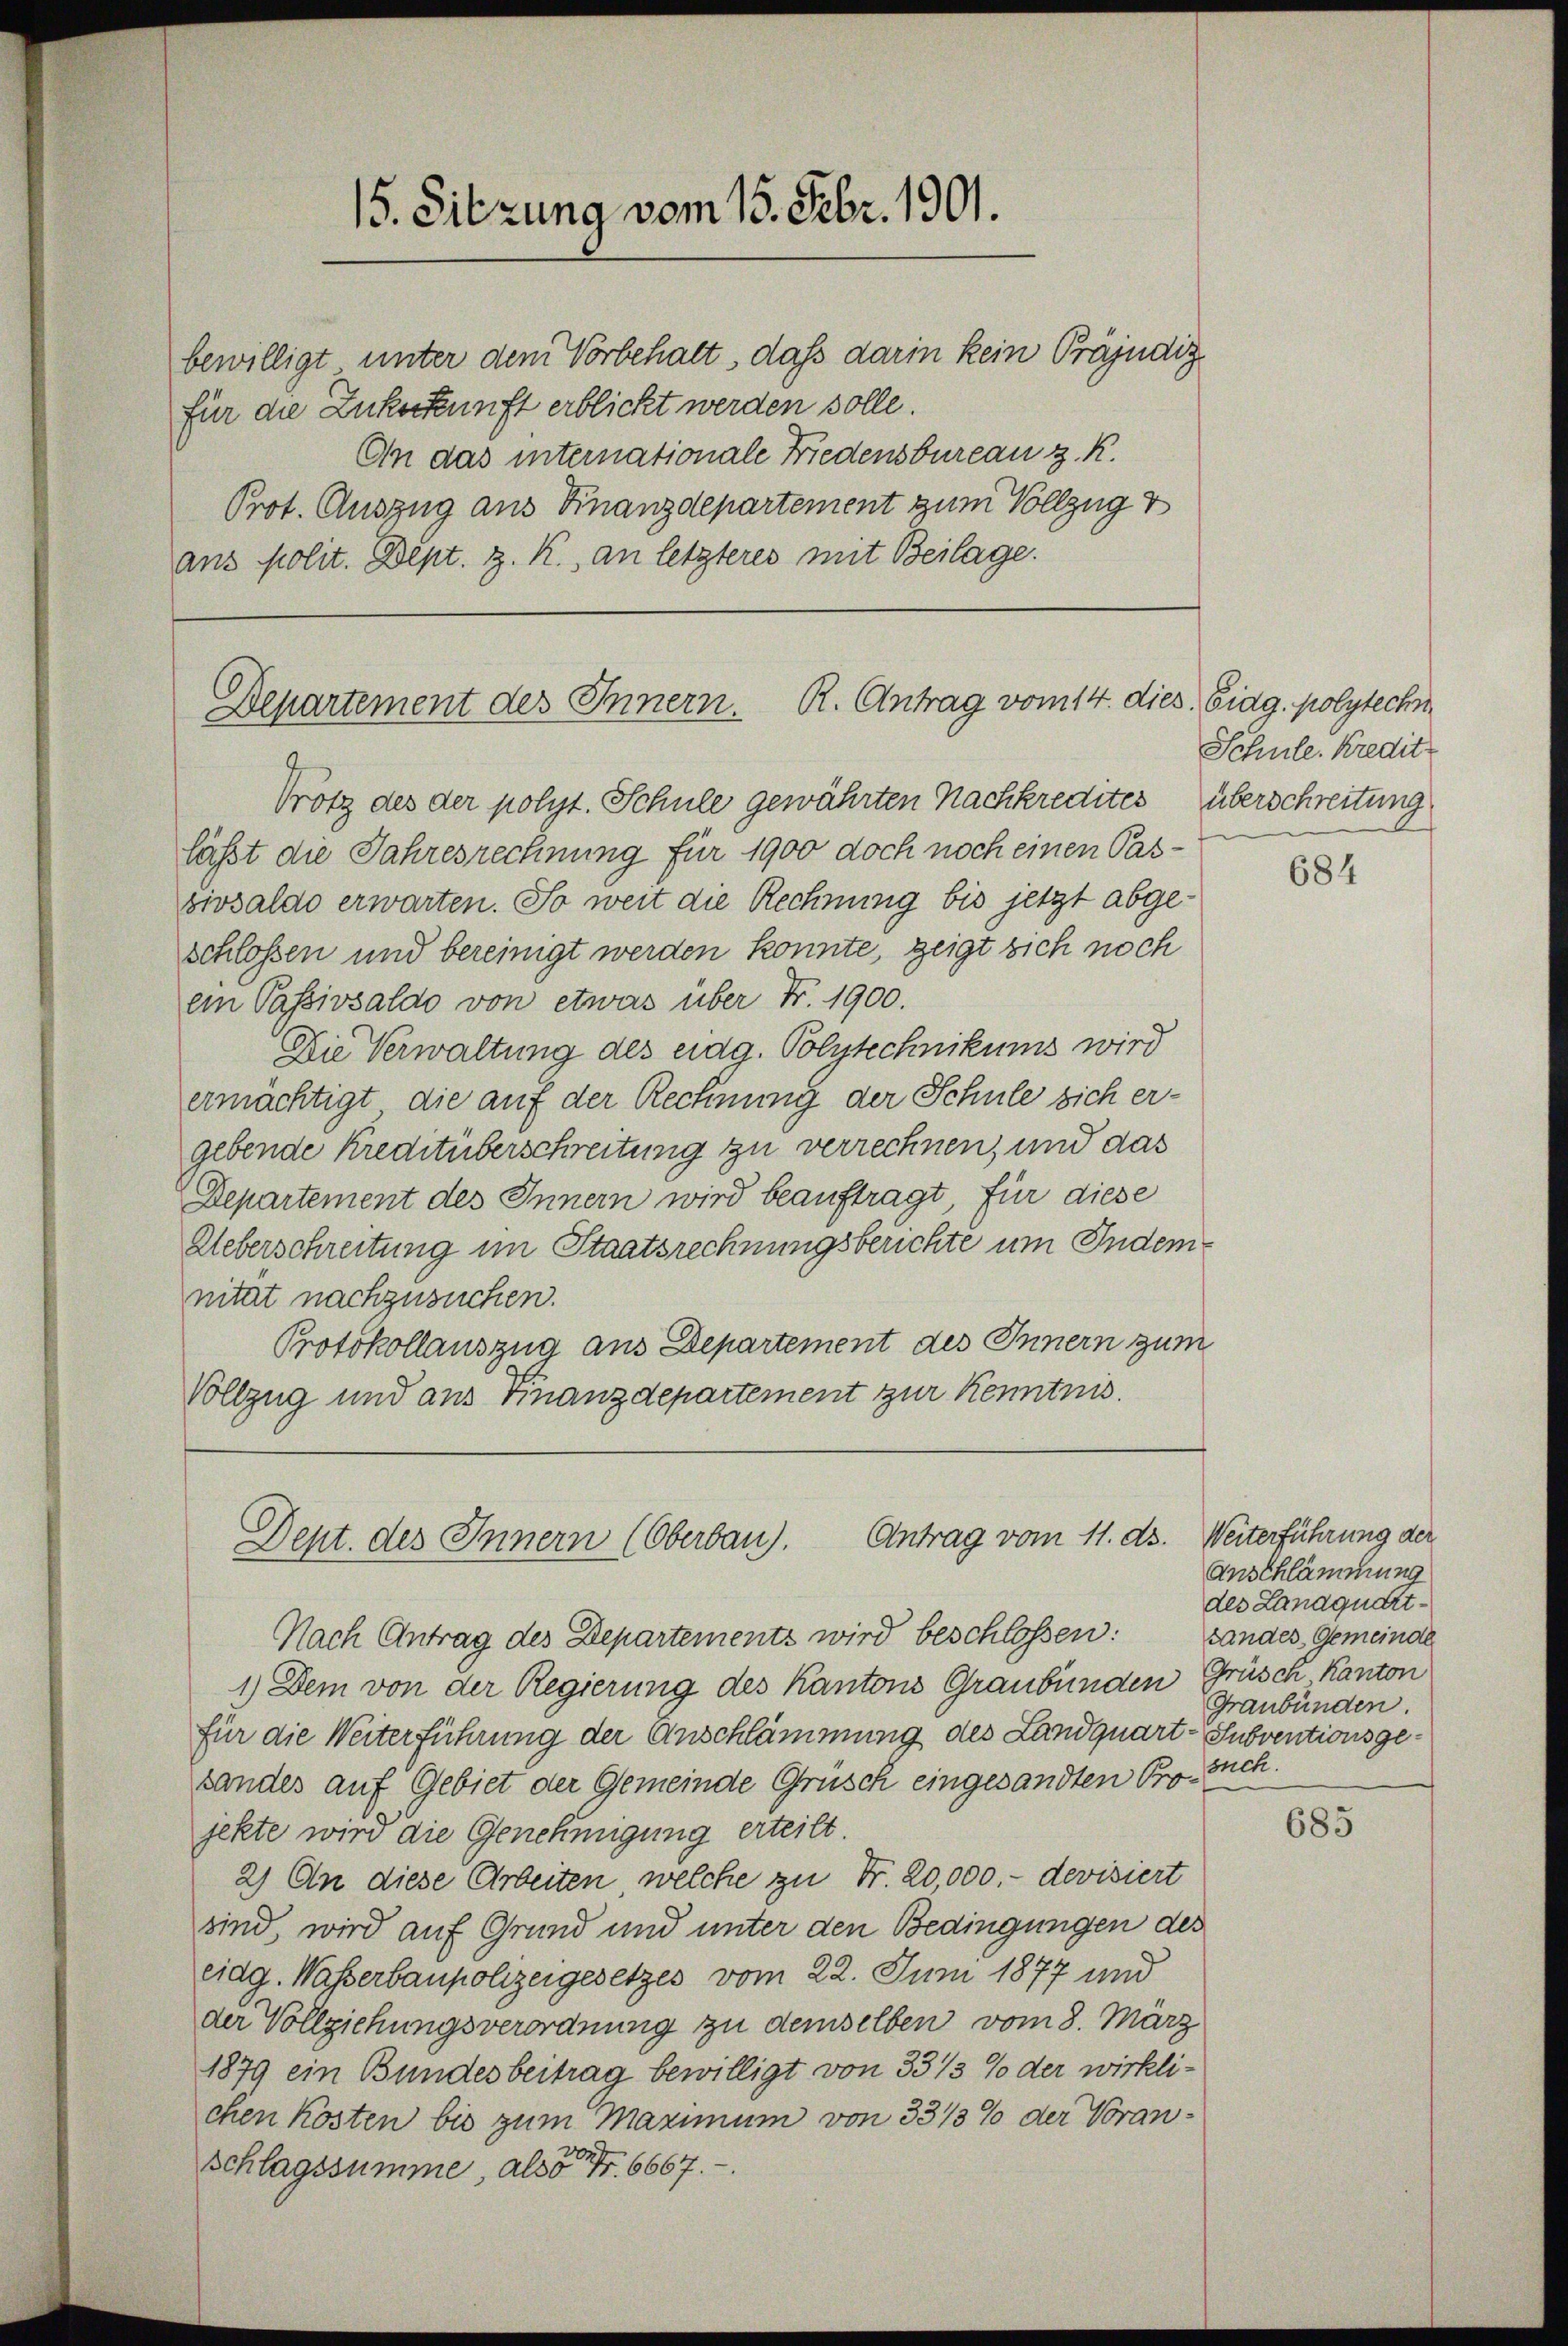
bewilligt unter dem Vorbehalt, daß darin kein Präjudig
für die Zuckerkunft erblickt werden solle.
An das internationale Friedensbureau z. R.
Prot. Auszug aus Finanzdepartement zum Vollzug v
ans polit. Dept. z. K., an letzteres mit Beilage.

15. Sitzung vom 15. Febr. 1901.

Departement des Innern. R. Antrag vom 14. dies. Eidg. polytechn

Dept. des Innern (Oberbau). Antrag vom 11. ds. Weiterführung der

Schule. Kredit

Trotz des der polyt. Schule gewährten Nachkredites überschreitung
läßt die Jahresrechnung für 1900 doch noch einen Passivsaldo erwarten. So weit die Rechnung bis jetzt abgeschlossen und bereinigt werden konnte, zeigt sich noch
ein Passivsaldo von etwas über Nr. 1900.
Die Verwaltung des eidg. Polytechnikums wird
ermächtigt, die auf der Rechnung der Schule sich er-
gebende Kreditüberschreitung zu verrechnen, und das
Departement des Innern wird beauftragt, für diese
Ueberschreitung im Staatsrechnungsberichte um Indem
nität nachzusuchen.
Protokollauszug aus Departement des Innern zum
Vollzug und aus Finanzdepartement zur Kenntnis.

Nach Antrag des Departements wird beschlossen:
1.) Dem von der Regierung des Kantons Graubünden Grüsch, Kanton
für die Weiterführung der Anschlämmung des Landquart-Subventionsge¬
Landes auf Gebiet der Gemeinde Grüsch eingesandten Projekte wird die Genehmigung erteilt.
2) An diese Arbeiten welche zu Fr. 20,000.- devisiert
sind, wird auf Grund und unter den Bedingungen des
eidg. Wasserbaupolizeigesetzes vom 22. Juni 1877 und
der Vollziehungsverordnung zu demselben vom 8. März
1879 ein Bundesbeitrag bewilligt von 33/3 % der wirklichen Kosten bis zum Maximum von 331/3% der Voranschlagssumme, als S. 6667.

684

Anschlämmung
des Landquart
Landes-Gemeinde
Graubünden.
such.

685